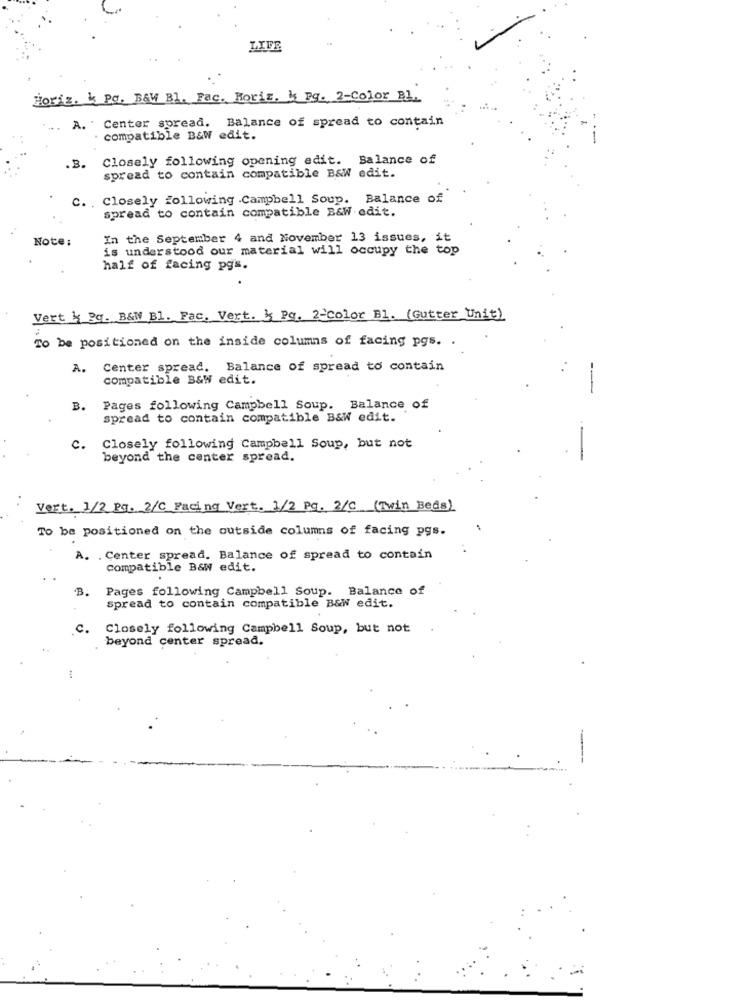
Horiz. k Pc. B&W Bl. Fac. Horiz, k Pg. 2-Color Bl.
A. ' Center spread.
Balance of spread to contain
compatible B&W edit.
Closely following opening edit. Balance of
.3.
spread to contain compatible B&W edit.
C. . Closely following .Campbell Soup. Balance of
spread to contain compatible B&W edit.
Note:
In the September 4 and November 13 issues, it
is understood our material will occupy the top
half of facing pgs.
Vert k Pq. B&W Bl. Fac. Vert. k Pg. 2-Color Bl. (Gutter Unit)
To be positioned on the inside columns of facing pgs. .
Center spread. Balance of spread to contain
compatible B&W edit.
--
B.
Pages following Campbell Soup. Balance of
spread to contain compatible B&W edit.
C. Closely following Campbell Soup, but not
beyond the center spread.
Vert. 1/2 Pg. 2/C_Facing Vert. 1/2 Pg. 2/C_(Twin Beds)
To be positioned on the outside columns of facing pgs.
A. . Center spread. Balance of spread to contain
compatible B&W edit.
B.
Pages following Campbell Soup. Balance of
spread to contain compatible B&W edit.
c.
Closely following Campbell Soup, but not
beyond center spread.